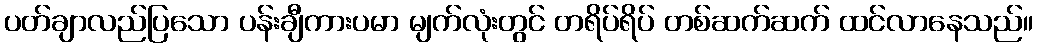
ပတ်ချာလည်ပြသော ပန်းချီကားပမာ မျက်လုံးတွင် တရိပ်ရိပ် တစ်ဆက်ဆက် ထင်လာနေသည်။